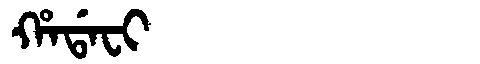
Manchu: ᡥᠠᡩᠠᠸᡳ
Romanization: HADAFI